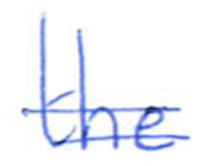
Text: the
Cross-out: double-line
Writing tool: ballpoint